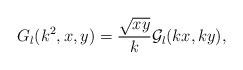
LaTeX: \begin{align*}G_l(k^2,x,y) = \frac{\sqrt{xy}}{k} {\mathcal G}_l(kx,ky),\end{align*}